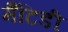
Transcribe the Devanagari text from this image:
मैंटिडी